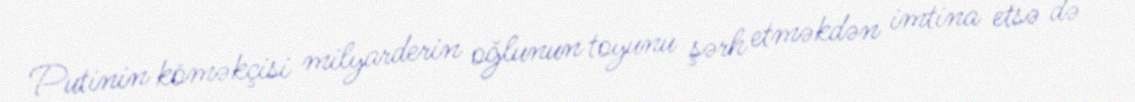
Putinin köməkçisi milyarderin oğlunun toyunu şərh etməkdən imtina etsə də